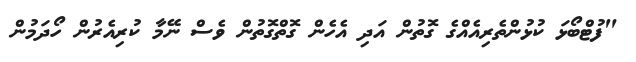
"ފުޓްބޯޅަ ކުޅުންތެރިއެއްގެ ގޮތުން އަދި އެހެން ގޮތްގޮތުން ވެސް ނޭމާ ކުރިއެރުން ހޯދަމުން